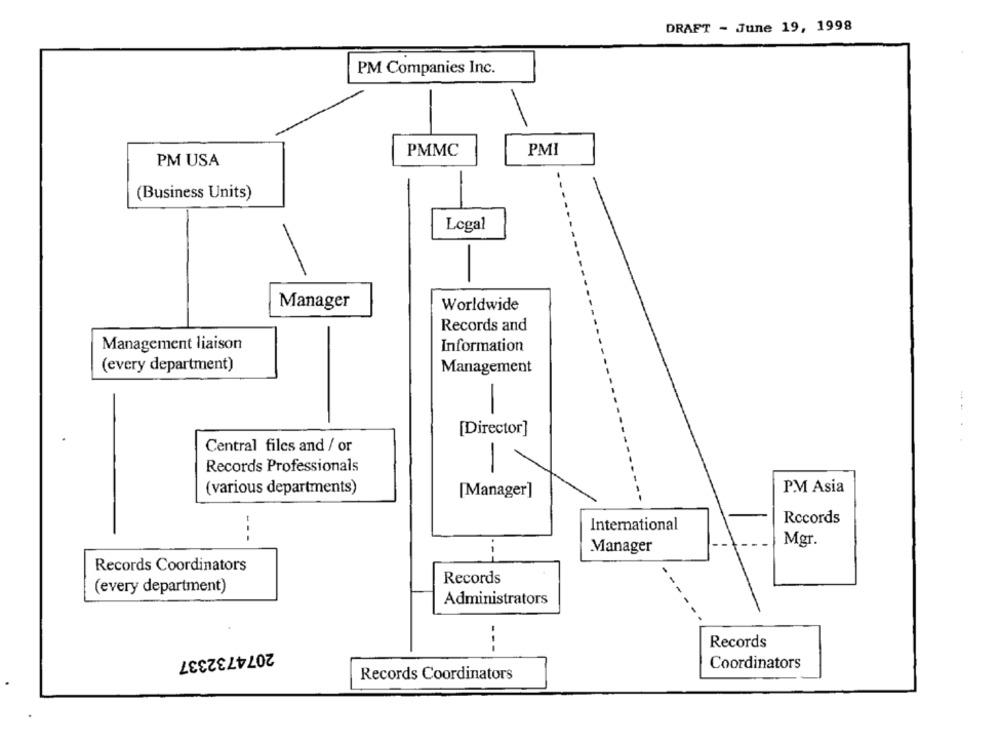
DRAFT - June 19, 1998
PM Companies Inc.
PMMC
PMI
PM USA
(Business Units)
Legal
-
Manager
Worldwide
Records and
Management liaison
Information
(every department)
Management
-
[Director]
Central files and / or
-
Records Professionals
(various departments)
P.M Asia
[Manager]
Records
International
---
Mgr.
Manager
Records Coordinators
Records
(every department)
Administrators
Records
2074732337
---
Coordinators
Records Coordinators